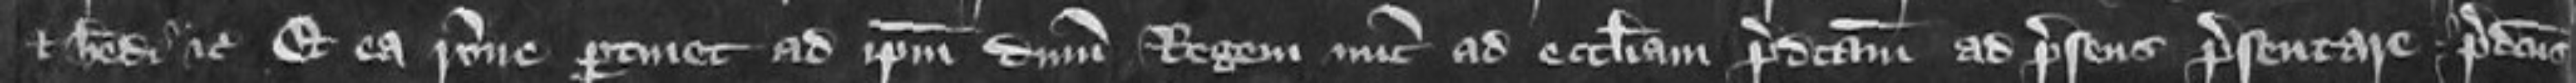
et hereditum etc Et ea ratione pertinent ad ipsum dominum Regem nunc ad ecclesiam predictam ad presens presentare predictus